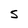
Character: S